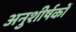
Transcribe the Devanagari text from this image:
अनुशीर्षकों